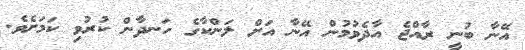
އޭނާ ބުނީ ރާއްޖެ އާދެވުމުން އޭނާ އަށް ލަންކާގެ ހަނދާން ކުރުވި ކަމަށެވެ.